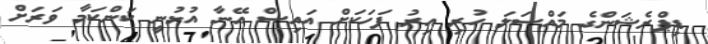
ޑިޕްރެޝަންގެ މައްސަލަ ހުރި އިރު ފަހަކަށް އައިސް އޭނާ އުޅުނީ ކަންކަމާ ވަރަށް